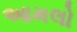
આમલો